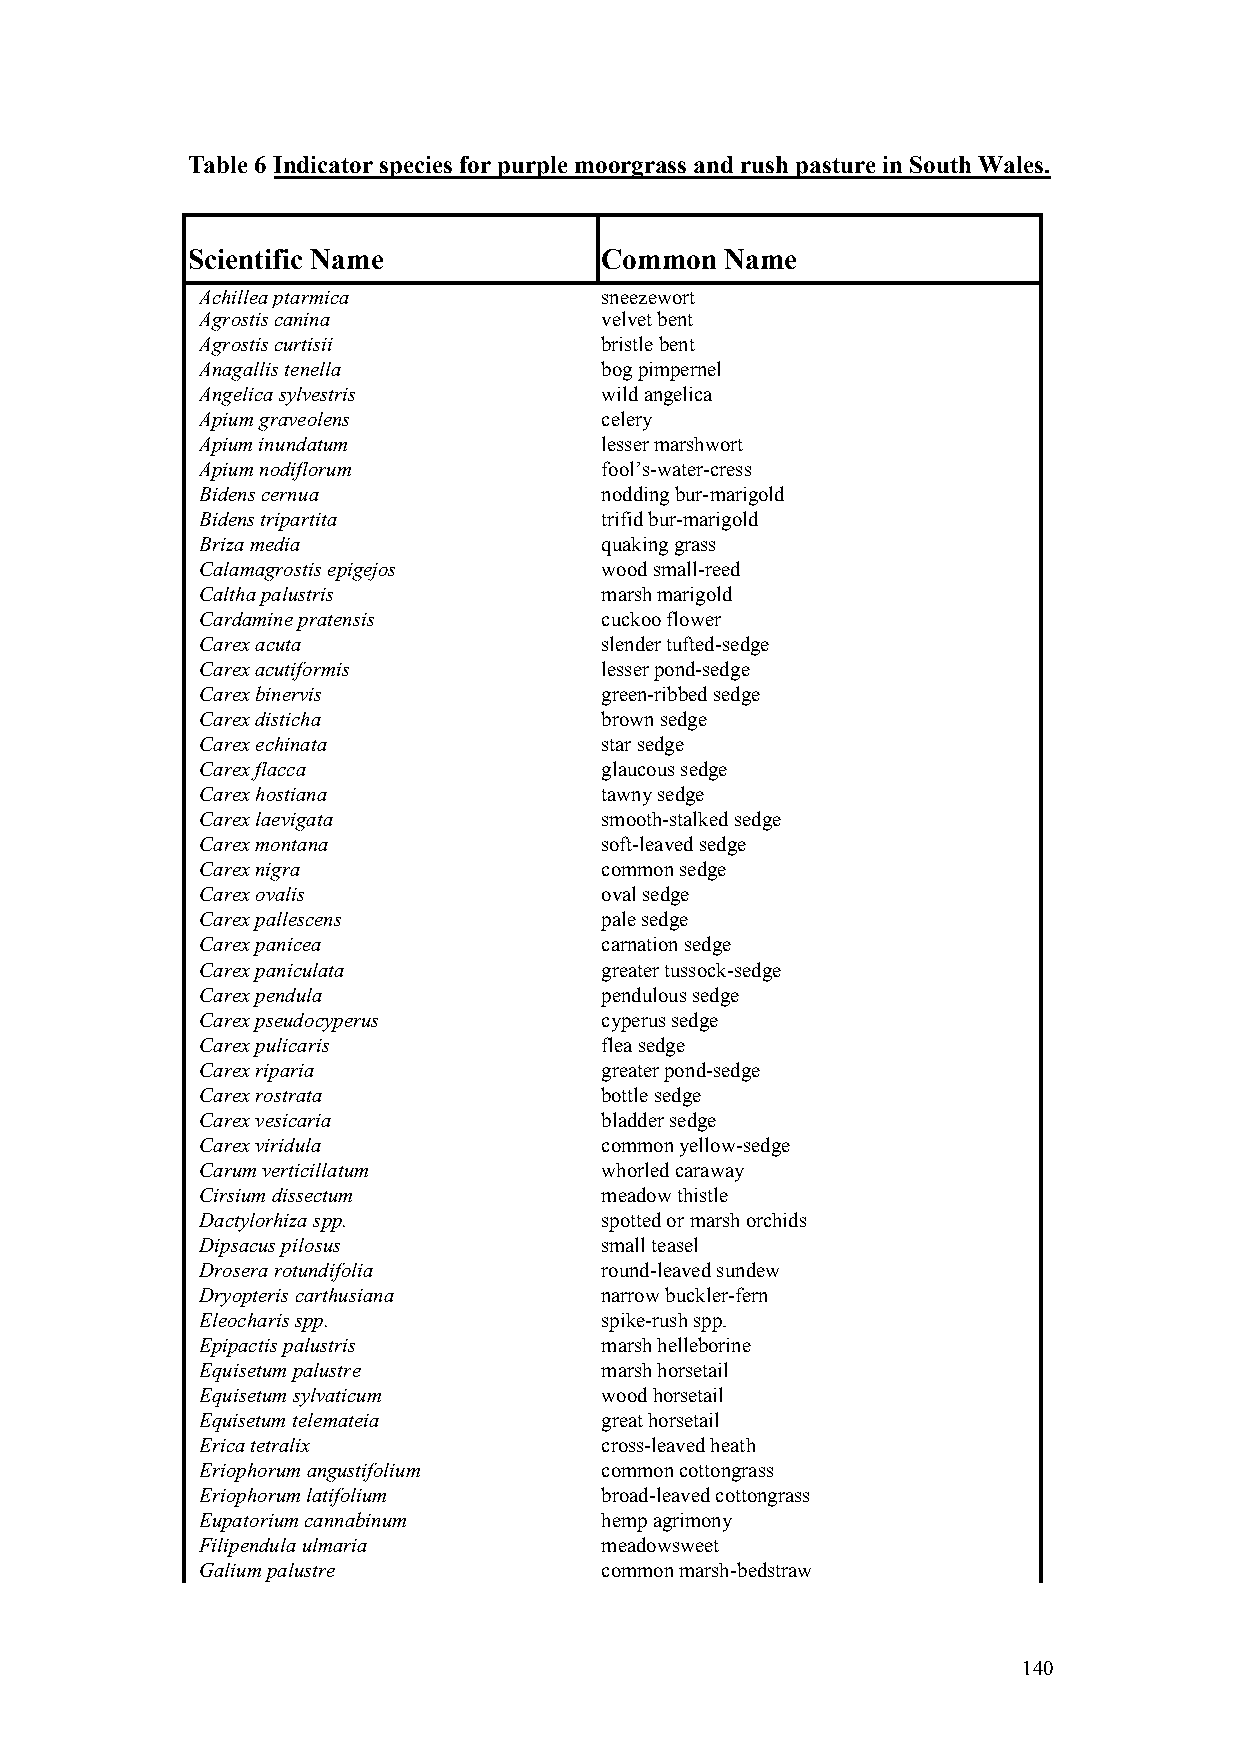
Table 6 Indicator species for purple moorgrass and rush pasture in South Wales.
 Scientific Name             Common  Name
 Achillea ptarmica          sneezewort
 Agrostis canina            velvet bent
 Agrostis curtisii          bristle bent
 Anagallis tenella          bog pimpernel
 Angelica sylvestris        wild angelica
 Apium graveolens           celery
 Apium inundatum            lesser marshwort
 Apium nodiflorum           fool’s-water-cress
 Bidens cernua              nodding bur-marigold
 Bidens tripartita          trifid bur-marigold
 Briza media                quaking grass
 Calamagrostis epigejos     wood small-reed
 Caltha palustris           marsh marigold
 Cardamine pratensis        cuckoo flower
 Carex acuta                slender tufted-sedge
 Carex acutiformis          lesser pond-sedge
 Carex binervis             green-ribbed sedge
 Carex disticha             brown sedge
 Carex echinata             star sedge
 Carex flacca               glaucous sedge
 Carex hostiana             tawny sedge
 Carex laevigata            smooth-stalked sedge
 Carex montana              soft-leaved sedge
 Carex nigra                common sedge
 Carex ovalis               oval sedge
 Carex pallescens           pale sedge
 Carex panicea              carnation sedge
 Carex paniculata           greater tussock-sedge
 Carex pendula              pendulous sedge
 Carex pseudocyperus        cyperus sedge
 Carex pulicaris            flea sedge
 Carex riparia              greater pond-sedge
 Carex rostrata             bottle sedge
 Carex vesicaria            bladder sedge
 Carex viridula             common yellow-sedge
 Carum verticillatum        whorled caraway
 Cirsium dissectum          meadow thistle
 Dactylorhiza spp.          spotted or marsh orchids
 Dipsacus pilosus           small teasel
 Drosera rotundifolia       round-leaved sundew
 Dryopteris carthusiana     narrow buckler-fern
 Eleocharis spp.            spike-rush spp.
 Epipactis palustris        marsh helleborine
 Equisetum palustre         marsh horsetail
 Equisetum sylvaticum       wood horsetail
 Equisetum telemateia       great horsetail
 Erica tetralix             cross-leaved heath
 Eriophorum angustifolium   common cottongrass
 Eriophorum latifolium      broad-leaved cottongrass
 Eupatorium cannabinum      hemp agrimony
 Filipendula ulmaria        meadowsweet
 Galium palustre            common marsh-bedstraw
 140